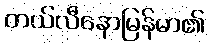
တယ်လီနောမြန်မာ၏